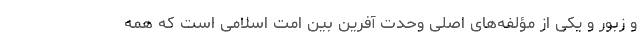
و زبور و یکی از مؤلفه‌های اصلی وحدت آفرین بین امت اسلامی است که همه